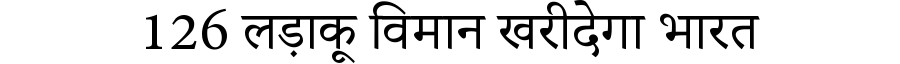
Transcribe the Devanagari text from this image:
126 लड़ाकू विमान खरीदेगा भारत